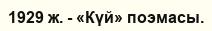
1929 ж. - «Күй» поэмасы.